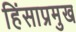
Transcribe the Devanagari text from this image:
हिंसाप्रमुख